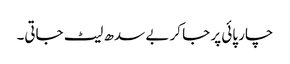
چار پائی پر جا کر بے سدھ لیٹ جاتی۔